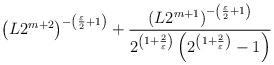
LaTeX: \begin{align*}\left( L2^{m+2}\right) ^{-\left( \frac{\varepsilon }{2}+1\right) }+\frac{\left( L2^{m+1}\right) ^{-\left( \frac{\varepsilon }{2}+1\right) }}{2^{\left( 1+\frac{2}{\varepsilon }\right) }\left( 2^{\left( 1+\frac{2}{\varepsilon }\right) }-1\right) } \end{align*}